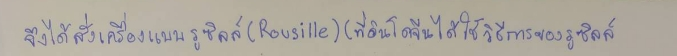
จึงได้สั่งเครื่องแบบรูซิลล์(Rousille)(ที่อินโดจีนได้ใช้วิธีการของรูซิลล์